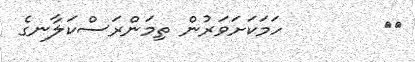
٢٢        ހަމަކަށަވަރުން ތިމަންރަސްކަލާނގެ